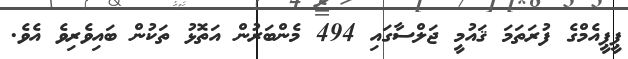
ޕީޕީއެމްގެ ފުރަތަމަ ޤައުމީ ޖަލްސާގައި 494 މެންބަރުން އަތޮޅު ތަކުން ބައިވެރިވެ އެވެ.